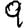
Digit: 9